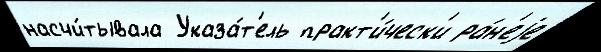
насчи́тывала Указа́т'ель практ'и́ческ'и ра́н'еjе